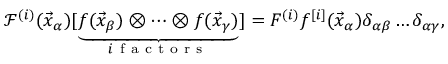
\mathcal F ^ { ( i ) } ( \vec { x } _ { \alpha } ) [ \underset { i \mathrm { ~ f ~ a ~ c ~ t ~ o ~ r ~ s ~ } } { \underbrace { f ( \vec { x } _ { \beta } ) \otimes \dots \otimes f ( \vec { x } _ { \gamma } ) } } ] = F ^ { ( i ) } f ^ { [ i ] } ( \vec { x } _ { \alpha } ) \delta _ { \alpha \beta } \dots \delta _ { \alpha \gamma } ,